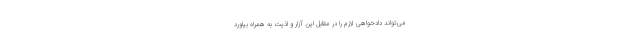
می‌تواند دادخواهی لازم را در مقابل این آزار و اذیت به همراه بیاورد